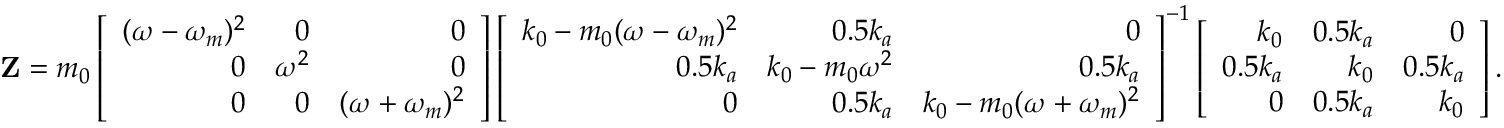
\begin{array} { r l } & { \mathbf { Z } = m _ { 0 } \left[ \begin{array} { r r r } { ( \omega - \omega _ { m } ) ^ { 2 } } & { 0 } & { 0 } \\ { 0 } & { \omega ^ { 2 } } & { 0 } \\ { 0 } & { 0 } & { ( \omega + \omega _ { m } ) ^ { 2 } } \end{array} \right] \left[ \begin{array} { r r r } { k _ { 0 } - m _ { 0 } ( \omega - \omega _ { m } ) ^ { 2 } } & { 0 . 5 k _ { a } } & { 0 } \\ { 0 . 5 k _ { a } } & { k _ { 0 } - m _ { 0 } \omega ^ { 2 } } & { 0 . 5 k _ { a } } \\ { 0 } & { 0 . 5 k _ { a } } & { k _ { 0 } - m _ { 0 } ( \omega + \omega _ { m } ) ^ { 2 } } \end{array} \right] ^ { - 1 } \left[ \begin{array} { r r r } { k _ { 0 } } & { 0 . 5 k _ { a } } & { 0 } \\ { 0 . 5 k _ { a } } & { k _ { 0 } } & { 0 . 5 k _ { a } } \\ { 0 } & { 0 . 5 k _ { a } } & { k _ { 0 } } \end{array} \right] . } \end{array}